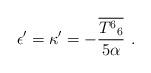
LaTeX: \begin{align*}\epsilon' = \kappa' = -\frac{\overline{{T^6}_6}}{5\alpha}\ .\end{align*}